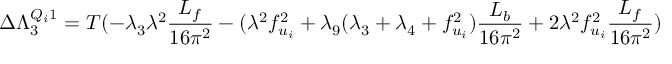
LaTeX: \Delta \Lambda _ { 3 } ^ { Q _ { i } 1 } = T ( - \lambda _ { 3 } \lambda ^ { 2 } { \frac { L _ { f } } { 1 6 \pi ^ { 2 } } } - ( \lambda ^ { 2 } f _ { u _ { i } } ^ { 2 } + \lambda _ { 9 } ( \lambda _ { 3 } + \lambda _ { 4 } + f _ { u _ { i } } ^ { 2 } ) { \frac { L _ { b } } { 1 6 \pi ^ { 2 } } } + 2 \lambda ^ { 2 } f _ { u _ { i } } ^ { 2 } { \frac { L _ { f } } { 1 6 \pi ^ { 2 } } } )